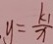
. y = \frac { k _ { 1 } } { x }